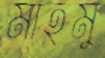
মাহমু